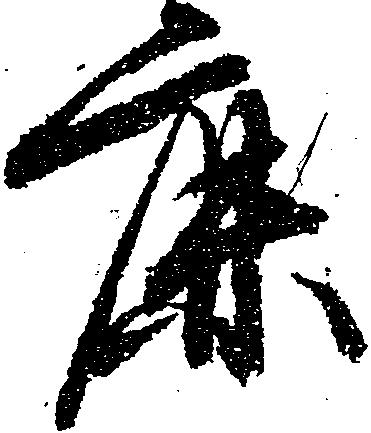
鹿